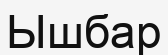
Ышбар